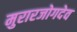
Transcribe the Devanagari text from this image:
मुरारजोगदेव